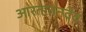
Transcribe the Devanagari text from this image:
आरतातनदेव